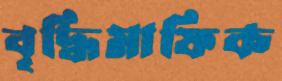
বৃদ্ধিমাফিক